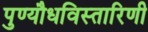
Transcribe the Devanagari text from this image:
पुण्यौधविस्तारिणी